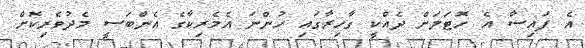
އެ ފައިސާ އެ ހޮޓަލަށް ދެއްކީ ގާހިރާގައި ހުންނަ އެމެރިކާގެ އެންބަސީ މެދުވެރިކޮށް